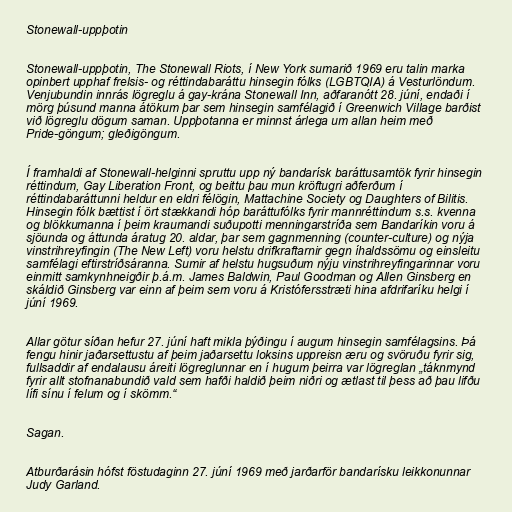
Stonewall-uppþotin

Stonewall-uppþotin, The Stonewall Riots, í New York sumarið 1969 eru talin marka
opinbert upphaf frelsis- og réttindabaráttu hinsegin fólks (LGBTQIA) á Vesturlöndum.
Venjubundin innrás lögreglu á gay-krána Stonewall Inn, aðfaranótt 28. júní, endaði í
mörg þúsund manna átökum þar sem hinsegin samfélagið í Greenwich Village barðist
við lögreglu dögum saman. Uppþotanna er minnst árlega um allan heim með
Pride-göngum; gleðigöngum.

Í framhaldi af Stonewall-helginni spruttu upp ný bandarísk baráttusamtök fyrir hinsegin
réttindum, Gay Liberation Front, og beittu þau mun kröftugri aðferðum í
réttindabaráttunni heldur en eldri félögin, Mattachine Society og Daughters of Bilitis.
Hinsegin fólk bættist í ört stækkandi hóp baráttufólks fyrir mannréttindum s.s. kvenna
og blökkumanna í þeim kraumandi suðupotti menningarstríða sem Bandaríkin voru á
sjöunda og áttunda áratug 20. aldar, þar sem gagnmenning (counter-culture) og nýja
vinstrihreyfingin (The New Left) voru helstu drifkraftarnir gegn íhaldssömu og einsleitu
samfélagi eftirstríðsáranna. Sumir af helstu hugsuðum nýju vinstrihreyfingarinnar voru
einmitt samkynhneigðir þ.á.m. James Baldwin, Paul Goodman og Allen Ginsberg en
skáldið Ginsberg var einn af þeim sem voru á Kristófersstræti hina afdrifaríku helgi í
júní 1969.

Allar götur síðan hefur 27. júní haft mikla þýðingu í augum hinsegin samfélagsins. Þá
fengu hinir jaðarsettustu af þeim jaðarsettu loksins uppreisn æru og svöruðu fyrir sig,
fullsaddir af endalausu áreiti lögreglunnar en í hugum þeirra var lögreglan „táknmynd
fyrir allt stofnanabundið vald sem hafði haldið þeim niðri og ætlast til þess að þau lifðu
lífi sínu í felum og í skömm.“

Sagan.

Atburðarásin hófst föstudaginn 27. júní 1969 með jarðarför bandarísku leikkonunnar
Judy Garland.